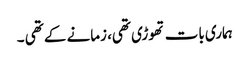
ہماری بات تھوڑی تھی، زمانے کے تھی ۔